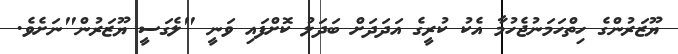
ޔޫޒަރުންގެ ހިތްހަމަނުޖެހުމާ އެކު ކުރީގެ އަދަދަށް ބަދަލު ކޮށްފައި ވަނީ "ލެގަސީ ޔޫޒަރުން"ނަށެވެ.